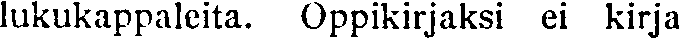
lukukappaleita. Oppikirjaksi ei kirja